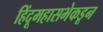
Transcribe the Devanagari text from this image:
हिंदूमहासभेकडून